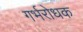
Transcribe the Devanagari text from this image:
गर्भरोधक